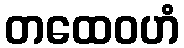
တထေဝဟံ